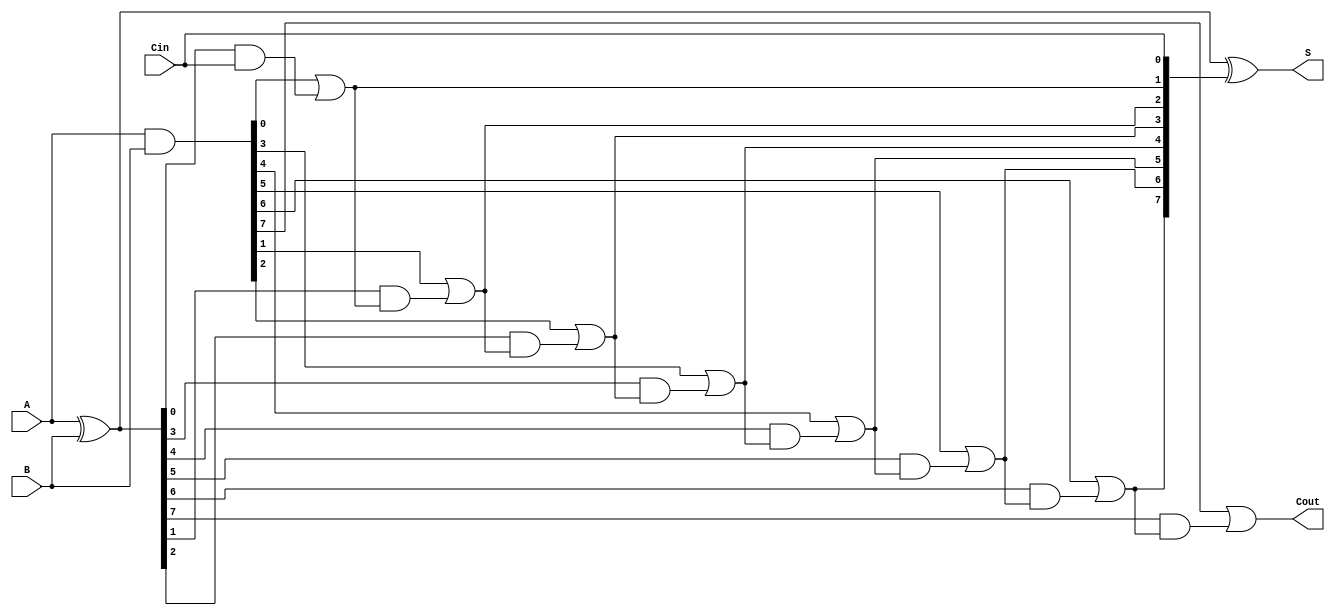
module Sklansky_Adder #(parameter N = 8) (
    input  [N-1:0] A,      // First n-bit input
    input  [N-1:0] B,      // Second n-bit input
    input         Cin,      // Carry-in
    output [N-1:0] S,      // n-bit sum output
    output        Cout      // Carry-out
);

    wire [N-1:0] G;        // Generate signals
    wire [N-1:0] P;        // Propagate signals
    wire [N:0] C;          // Carry signals

    // Generate and Propagate calculations
    assign G = A & B;      // G[i] = A[i] & B[i]
    assign P = A ^ B;      // P[i] = A[i] ^ B[i]

    // Carry calculation
    assign C[0] = Cin;     // Initial carry-in

    genvar i;
    generate
        // Level 1
        for (i = 0; i < N; i = i + 1) begin : carry_generation
            if (i == 0) begin
                assign C[i + 1] = G[i] | (P[i] & C[i]); // C[1]
            end else begin
                assign C[i + 1] = G[i] | (P[i] & C[i]); // C[i + 1]
            end
        end
    endgenerate

    // Sum calculation
    assign S = P ^ C[N-1:0]; // S[i] = P[i] ^ C[i]

    // Final carry-out
    assign Cout = C[N];      // Cout = C[n]

endmodule